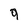
Character: 9